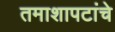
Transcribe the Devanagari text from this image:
तमाशापटांचे